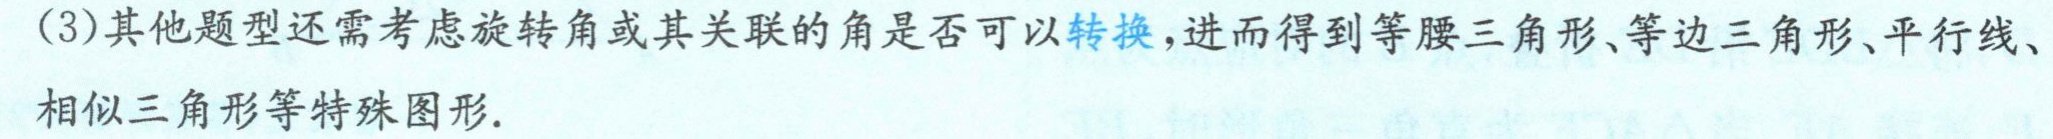
(3)其他题型还需考虑旋转角或其关联的角是否可以转换,进而得到等腰三角形、等边三角形、平行线、相似三角形等特殊图形.